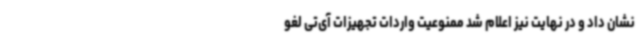
نشان داد و در نهایت نیز اعلام شد ممنوعیت واردات تجهیزات آی‌تی لغو